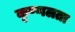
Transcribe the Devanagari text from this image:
कृष्णलता